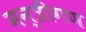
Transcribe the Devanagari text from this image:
मन्त्रीगण